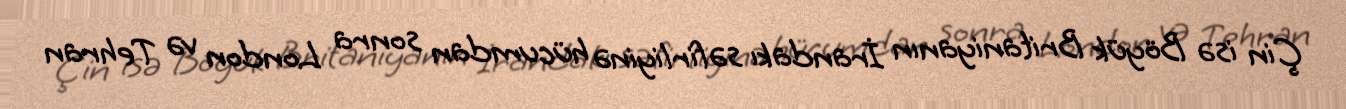
Çin isə Böyük Britaniyanın İrandakı səfirliyinə hücumdan sonra London və Tehran